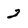
Character: 2